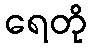
ရေတို